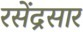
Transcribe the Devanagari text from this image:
रसेंद्रसार